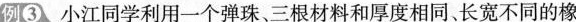
例③小江同学利用一个弹珠、三根材料和厚度相同、长宽不同的橡